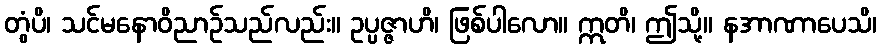
တွံပိ၊ သင်မနောဝိညာဉ်သည်လည်း။ ဥပ္ပဇ္ဇာဟိ၊ ဖြစ်ပါလော။ ဣတိ၊ ဤသို့။ နအာဏာပေသိ၊